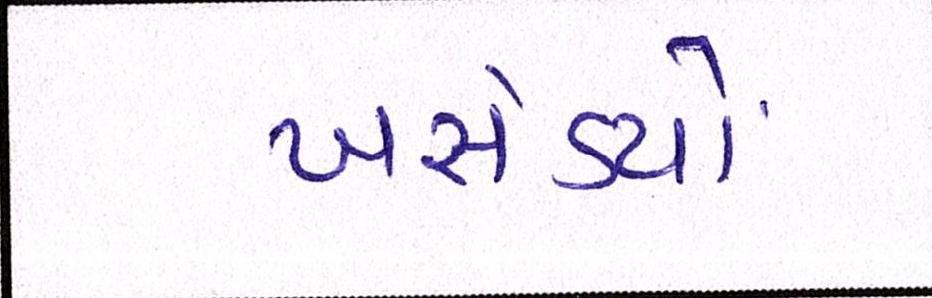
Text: ખસેડયો